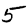
Digit: 5